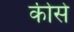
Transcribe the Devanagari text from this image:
कीसे